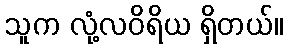
သူက လုံ့လဝိရိယ ရှိတယ်။